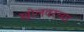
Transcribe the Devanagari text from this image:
खोलवरच्या